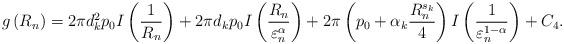
LaTeX: \begin{align*} g\left(R_{n}\right)=2\pi d_{k}^{2}p_{0}I\left(\frac{1}{R_{n}}\right)+2\pi d_{k}p_{0}I\left(\frac{R_{n}}{\varepsilon_{n}^{\alpha}}\right)+2\pi\left(p_{0}+\alpha_{k}\frac{R_{n}^{s_{k}}}{4}\right)I\left(\frac{1}{\varepsilon_{n}^{1-\alpha}}\right)+C_{4}.\end{align*}